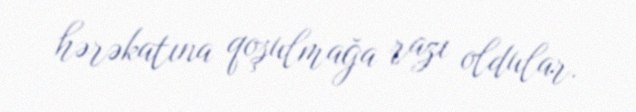
hərəkatına qoşulmağa razı oldular.